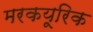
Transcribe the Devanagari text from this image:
मरकयूरिक